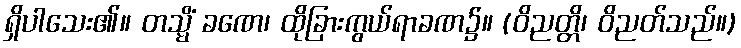
ရှိပါသေး၏။ တသ္မိံ ခဏေ၊ ထိုခြားကွယ်ရာခဏ၌။ (ဝိညတ္တိ၊ ဝိညတ်သည်။)